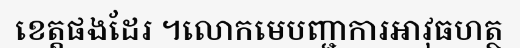
ខេត្តផងដែរ ។លោកមេបញ្ជាការអាវុធហត្ថ